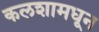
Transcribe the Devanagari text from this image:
कलशामधून